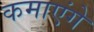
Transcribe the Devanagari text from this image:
कमाएंगे